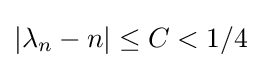
|\lambda _{n}-n|\leq C<1/4